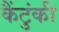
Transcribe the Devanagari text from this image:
कैंटुंकी